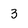
Character: 3